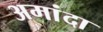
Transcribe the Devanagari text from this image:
अमांदा